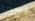
فربما